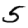
Digit: 5